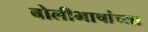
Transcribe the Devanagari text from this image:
बोलीभाषांच्या